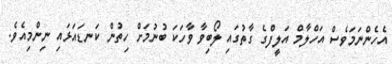
އެހެންނަމަވެސް އަހްލާމް އަލީފްގެ ގާތުގައި ލޯބިވާ ވާހަކަ ބުނުމަށް ހިތުން ކަނޑައަޅައި ނިންމިއެވެ.